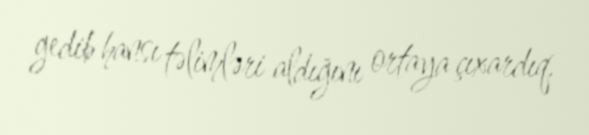
gedib hansı təlimləri aldığını ortaya çıxardıq.